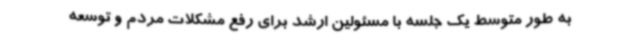
به طور متوسط یک جلسه با مسئولین ارشد برای رفع مشکلات مردم و توسعه